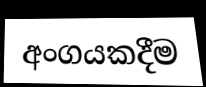
අංගයකදීම